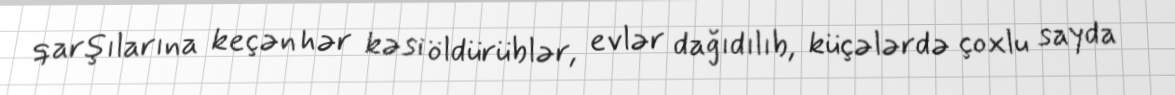
qarşılarına keçən hər kəsi öldürüblər, evlər dağıdılıb, küçələrdə çoxlu sayda